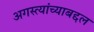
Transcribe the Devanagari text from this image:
अगस्त्यांच्याबद्दल